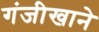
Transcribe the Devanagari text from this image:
गंजीखाने